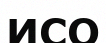
ИСО